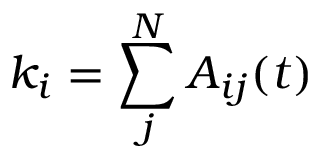
k _ { i } = \sum _ { j } ^ { N } A _ { i j } ( t )